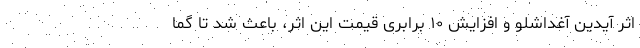
اثر آیدین آغداشلو و افزایش ۱۰ برابری قیمت این اثر، باعث شد تا گما